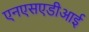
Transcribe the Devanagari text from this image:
एनएसएडीआई